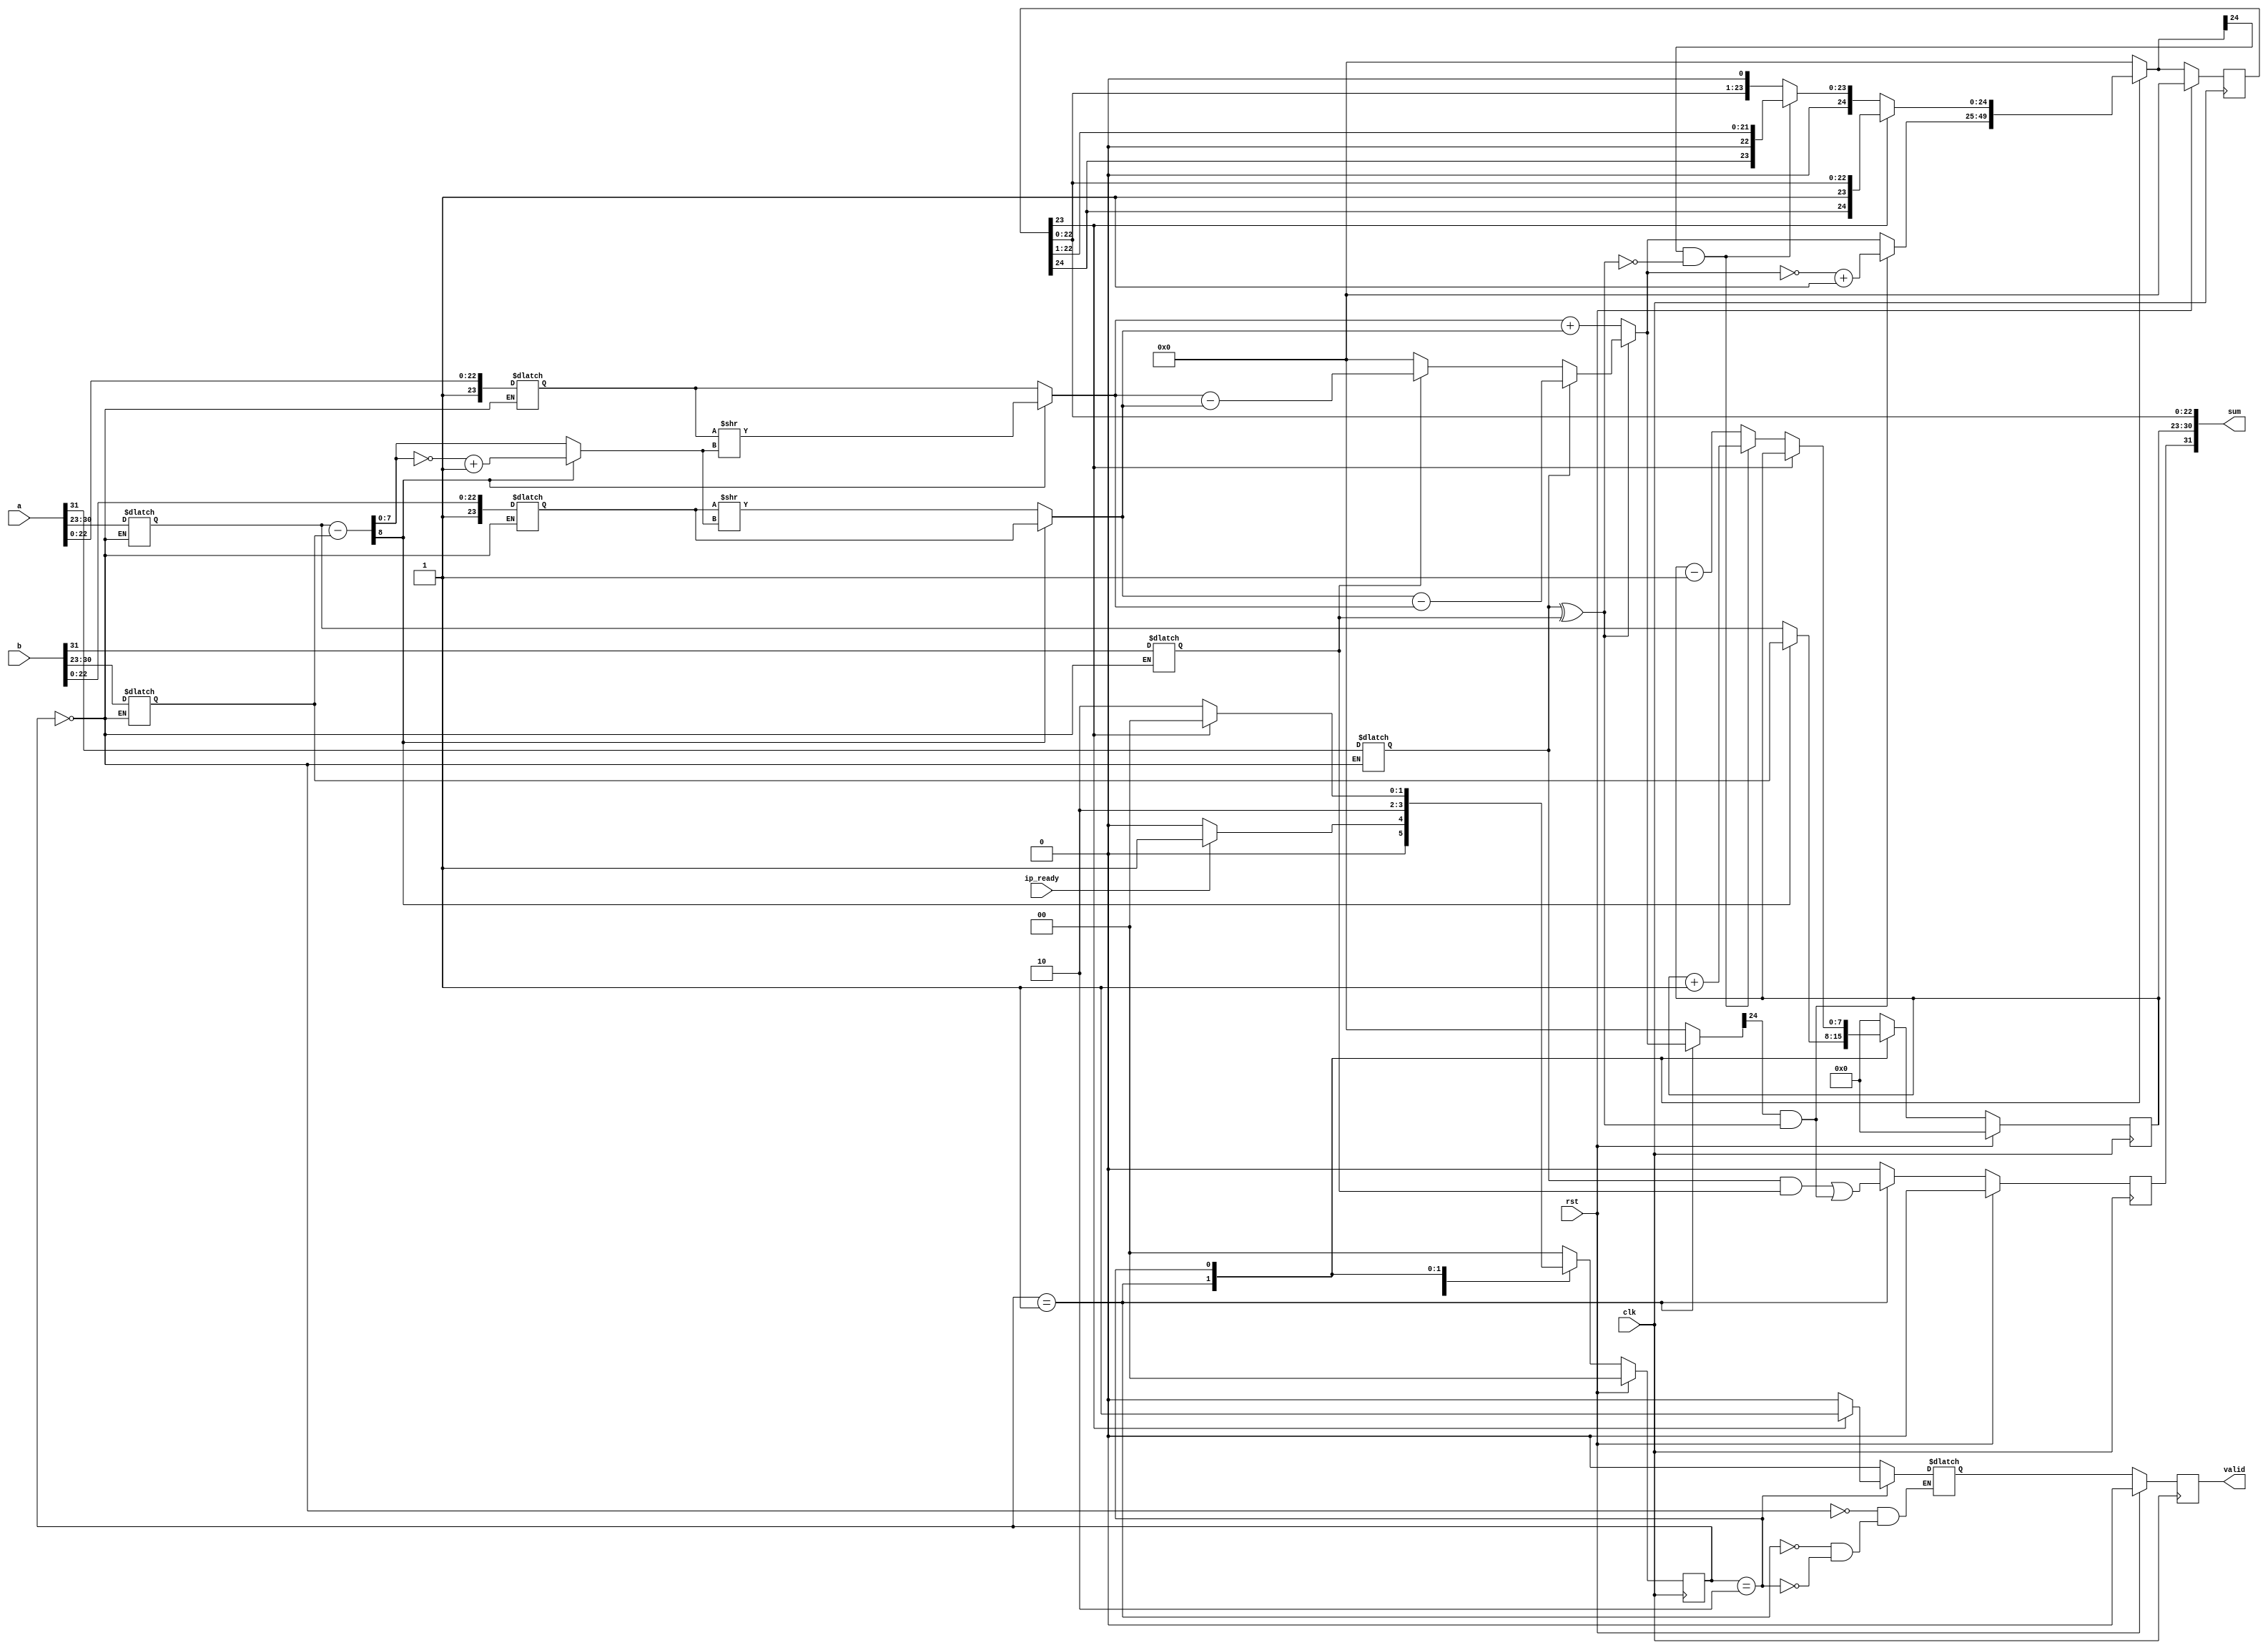
module single_float_adder #(parameter DWIDTH=32,EXPONENT_WIDTH=8,BIAS=8'd127)(input [DWIDTH-1:0]a,b,input ip_ready,rst,clk,output reg valid, output [DWIDTH-1:0]sum);

reg a_sign,b_sign;
reg [EXPONENT_WIDTH-1:0] a_exp,b_exp;
reg [DWIDTH-EXPONENT_WIDTH-1:0] a_mantissa,b_mantissa;	// Extract sign, exponent and mantissa information from input

reg [EXPONENT_WIDTH:0] sub_exp;
reg [EXPONENT_WIDTH-1:0] abs_diff;
reg [DWIDTH-EXPONENT_WIDTH:0] sum_mantissa_add_sub;					
reg [DWIDTH-EXPONENT_WIDTH-1:0] a_mantissa_shift,b_mantissa_shift;	// reg for operation 
reg final_sign,next_sign;															
reg [EXPONENT_WIDTH-1:0] final_exp,next_exp;
reg [DWIDTH-EXPONENT_WIDTH:0] final_mantissa,next_mantissa;
reg valid_sig;
reg [1:0] PS,NS;

parameter IDLE=2'b00;
parameter ADD=2'b01;
parameter NORMALIZE=2'b10;

wire sub_borrow,sum_carry;
/*wire [DWIDTH-1:0] sum_1st;
wire [DWIDTH:0] sp_fp_add_1st,sp_fp_add_2nd;
reg exp_equal;

assign sum_1st={final_sign,final_exp,final_mantissa[DWIDTH-EXPONENT_WIDTH-2:0]};
assign sp_fp_add_1st=a-b;
assign sp_fp_add_2nd=(sp_fp_add_1st[DWIDTH])?~(sp_fp_add_1st)+1'b1:sp_fp_add_1st;

assign sum=(exp_equal)?sp_fp_add_2nd[DWIDTH-1:0]:sum_1st;
*/
assign sum= {final_sign,final_exp,final_mantissa[22:0]};
assign sub_borrow = sum_mantissa_add_sub[24] & (a_sign ^ b_sign);	//borrow during sub
assign sum_carry = next_mantissa[24] & !(a_sign^b_sign);
/*
always @ (*)
begin
	if(a_exp==b_exp)
		exp_equal=1;
	else
		exp_equal=0;
end
*/
always@(posedge clk)
begin
	if(rst)
		begin
			final_exp<=0;
			final_sign<=0;
			final_mantissa<=0;
			valid<=0;
			PS<= 0;
		end
	else
		begin
			PS<=NS;
			final_exp<= next_exp;
			final_sign <= next_sign;
			final_mantissa<= next_mantissa;
			valid <= valid_sig;
		end
end

always @(*)
begin
sub_exp=0;
abs_diff=0;
a_mantissa_shift=0;
b_mantissa_shift=0;
next_exp=0;
sum_mantissa_add_sub=0;
next_mantissa=0;
next_sign=0;
NS=IDLE;

case(PS)
IDLE:begin
		a_sign=a[DWIDTH-1];
		b_sign=b[DWIDTH-1];
		a_exp=a[DWIDTH-2:DWIDTH-EXPONENT_WIDTH-1];			//assiging sign bit, exponent and mantissa values
		b_exp=b[DWIDTH-2:DWIDTH-EXPONENT_WIDTH-1];
		a_mantissa={1'b1,a[DWIDTH-EXPONENT_WIDTH-2:0]};
		b_mantissa={1'b1,b[DWIDTH-EXPONENT_WIDTH-2:0]};
		valid_sig=0;
		NS=(ip_ready)?ADD:IDLE;
	end
ADD:begin
		sub_exp =  a_exp-b_exp;				//calculate diff between two exponent
		abs_diff = sub_exp[EXPONENT_WIDTH]?~(sub_exp[EXPONENT_WIDTH-1:0])+1'b1:sub_exp[EXPONENT_WIDTH-1:0];	//take absoulte value of difference
		a_mantissa_shift = sub_exp[EXPONENT_WIDTH]?a_mantissa >> abs_diff: a_mantissa;		//shift mantissa by abs exponet diff of whose exponent is smaller 
		b_mantissa_shift = sub_exp[EXPONENT_WIDTH]?b_mantissa : b_mantissa >> abs_diff;
		next_exp = sub_exp[EXPONENT_WIDTH] ? b_exp:a_exp;			//final exponent is value whose exponent is greater
		sum_mantissa_add_sub=!(a_sign^b_sign)?a_mantissa_shift+b_mantissa_shift:(a_sign)?b_mantissa_shift-a_mantissa_shift:(b_sign)?a_mantissa_shift-b_mantissa_shift:0; //add or subtract mantissa values based on sign bit
		next_mantissa=(sub_borrow) ? ~(sum_mantissa_add_sub)+1'b1 : sum_mantissa_add_sub;	//take 2s complement if borrow occur during mantissa subtraction
		next_sign = ((a_sign & b_sign) || sub_borrow);	//final sign of output
		valid_sig=0;
		NS=NORMALIZE;
	end
NORMALIZE:begin
			next_exp= final_mantissa[23]? final_exp:(sum_carry)? final_exp+1'b1:final_exp-1'b1;
			next_mantissa=final_mantissa[23]?final_mantissa:(sum_carry)?final_mantissa>>1:final_mantissa<<1;
			valid_sig=final_mantissa[23]?1:0;
			NS = final_mantissa[23]?IDLE:NORMALIZE;
		end
endcase
end
endmodule